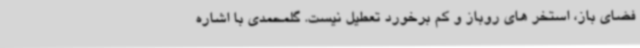
فضای باز، استخر های روباز و کم برخورد تعطیل نیست. گلمحمدی با اشاره